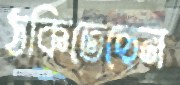
ঠকিতেছেন